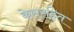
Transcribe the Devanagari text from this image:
केसरहित